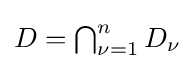
{\textstyle D=\bigcap _{\nu =1}^{n}D_{\nu }}